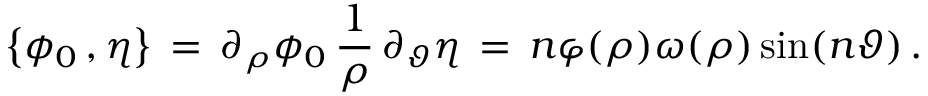
\bigl \{ \phi _ { 0 } \, , \eta \bigr \} \, = \, \partial _ { \rho } \phi _ { 0 } \, \frac { 1 } { \rho } \, \partial _ { \vartheta } \eta \, = \, n \varphi ( \rho ) \omega ( \rho ) \sin ( n \vartheta ) \, .